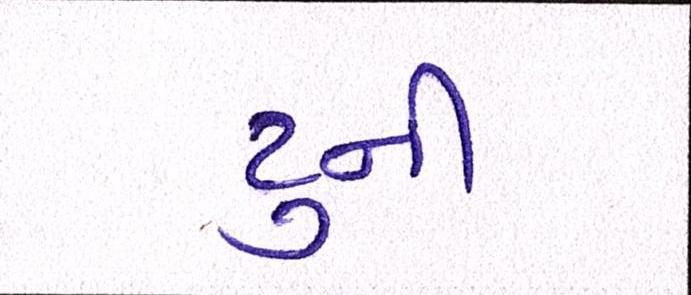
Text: ટુની